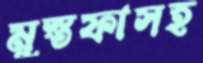
মুস্তফাসহ